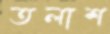
তলাশ